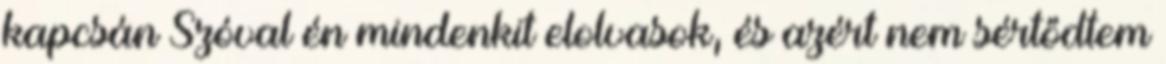
kapcsán Szóval én mindenkit elolvasok, és azért nem sértődtem